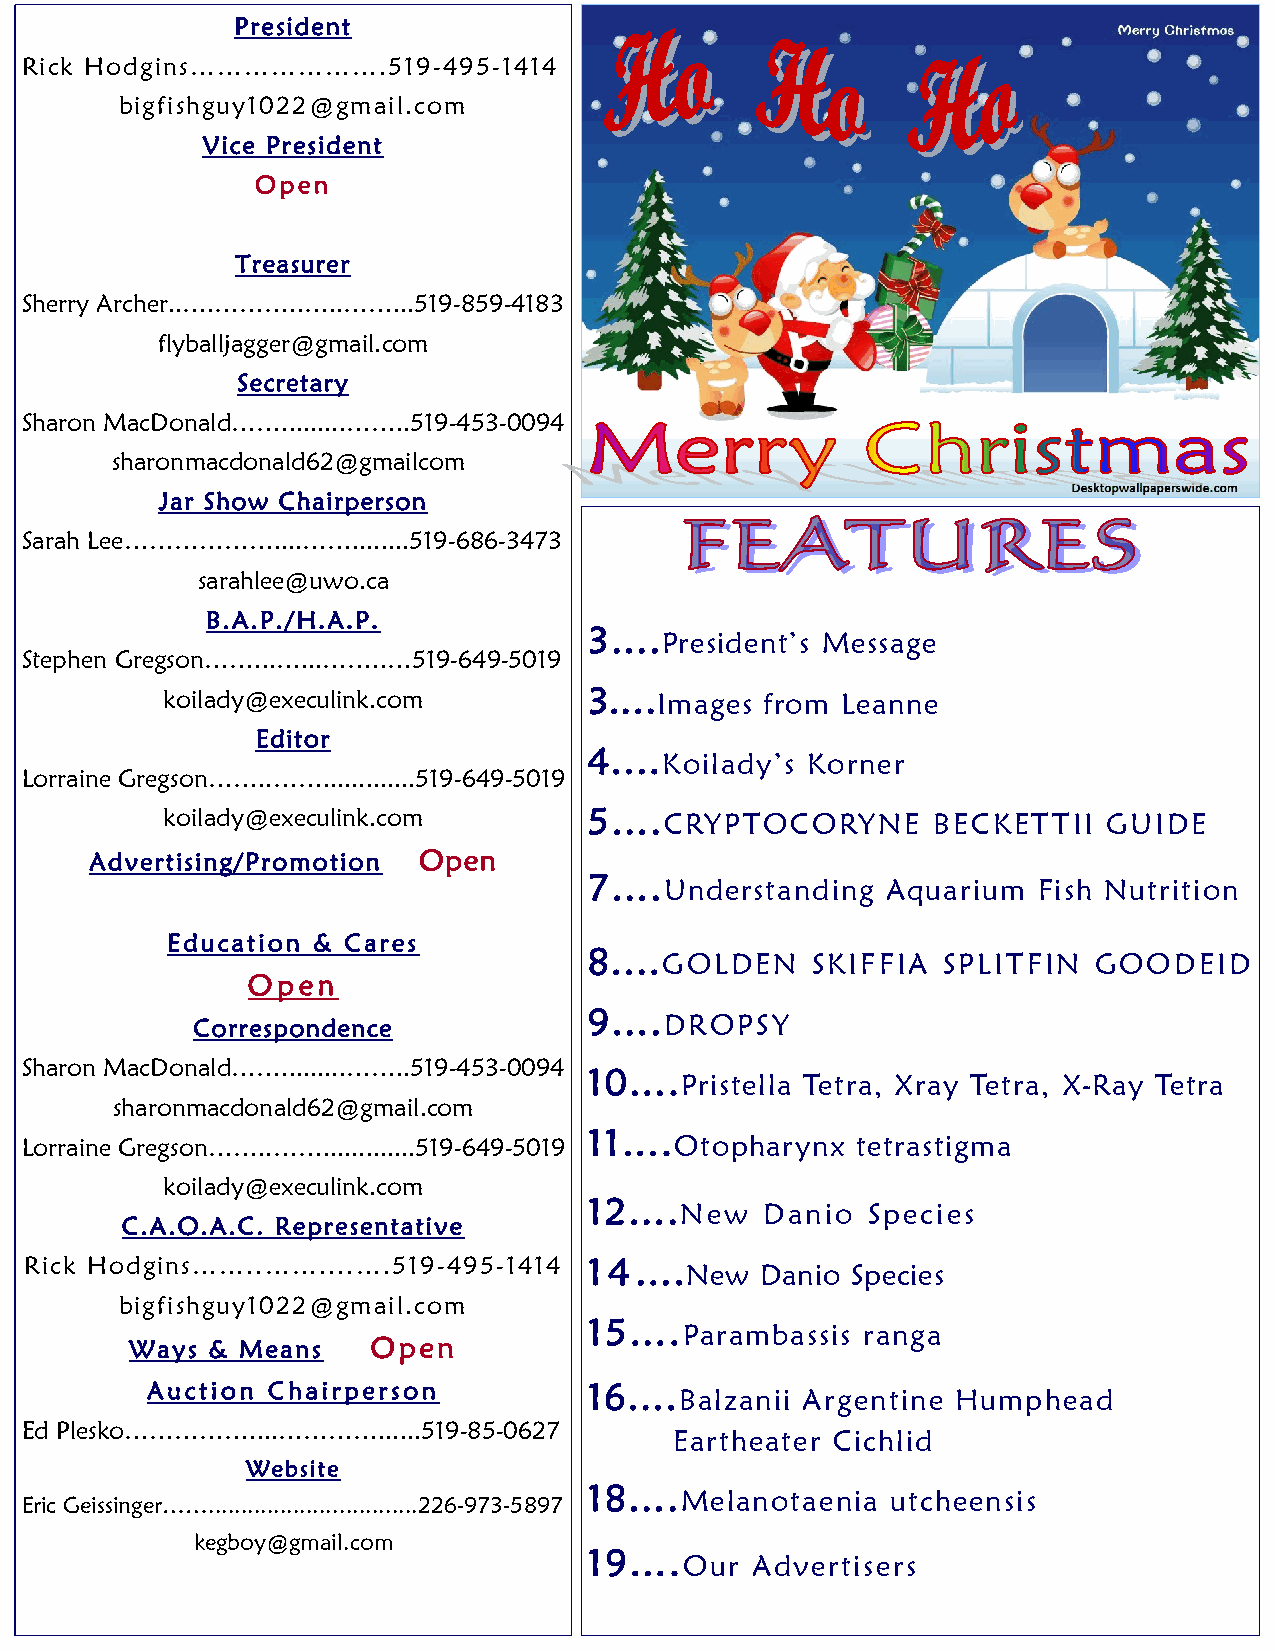
President
 Rick Hodgins………………….519-495-1414
 bigfishguy1022@gmail.com
 Vice President
 Open
 Treasurer
 Sherry Archer..….………..…..……...519-859-4183
 flyballjagger@gmail.com
 Secretary
 Sharon MacDonald…….........……..519-453-0094
 sharonmacdonald62@gmailcom
 Jar Show Chairperson
 Sarah Lee………………....……........519-686-3473
 sarahlee@uwo.ca
 B.A.P./H.A.P.
 3….
 President’s Message
 Stephen Gregson……...…...……..…519-649-5019
 koilady@execulink.com       3.…  Images from Leanne
 Editor
 4....
 Koilady’s Korner
 Lorraine Gregson……..…….............519-649-5019
 koilady@execulink.com       5….  CRYPTOCORYNE      BECKETTII  GUIDE
 Advertising/Promotion Open
 7….
 Understanding  Aquarium  Fish Nutrition
 Education & Cares
 8....
 GOLDEN    SKIFFIA SPLITFIN  GOODEID
 Open
 9….
 Correspondence                 DROPSY
 Sharon MacDonald…….........……..519-453-0094
 10….
 Pristella Tetra, Xray Tetra, X-Ray Tetra
 sharonmacdonald62@gmail.com
 11….
 Lorraine Gregson……..…….............519-649-5019 Otopharynx tetrastigma
 koilady@execulink.com
 12….
 New   Danio Species
 C.A.O.A.C. Representative
 Rick Hodgins……..……....….519-495-1414 14….
 New  Danio Species
 bigfishguy1022@gmail.com
 15….
 Parambassis ranga
 Ways & Means    Open
 Auction Chairperson          16….
 Balzanii Argentine Humphead
 Ed Plesko……………....…………......519-85-0627
 Eartheater Cichlid
 Website
 18….
 Melanotaenia  utcheensis
 Eric Geissinger……................................226-973-5897
 London Aquaria Society
 kegboy@gmail.com
 19….
 Our  Advertisers